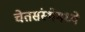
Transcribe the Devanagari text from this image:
चेतसंस्थेमध्ये